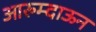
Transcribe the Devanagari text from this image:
आरुम्दाऊन